Reports on dispensaries and lunatic asylums in the Province of Oudh - 1869-1876
Year: 1869
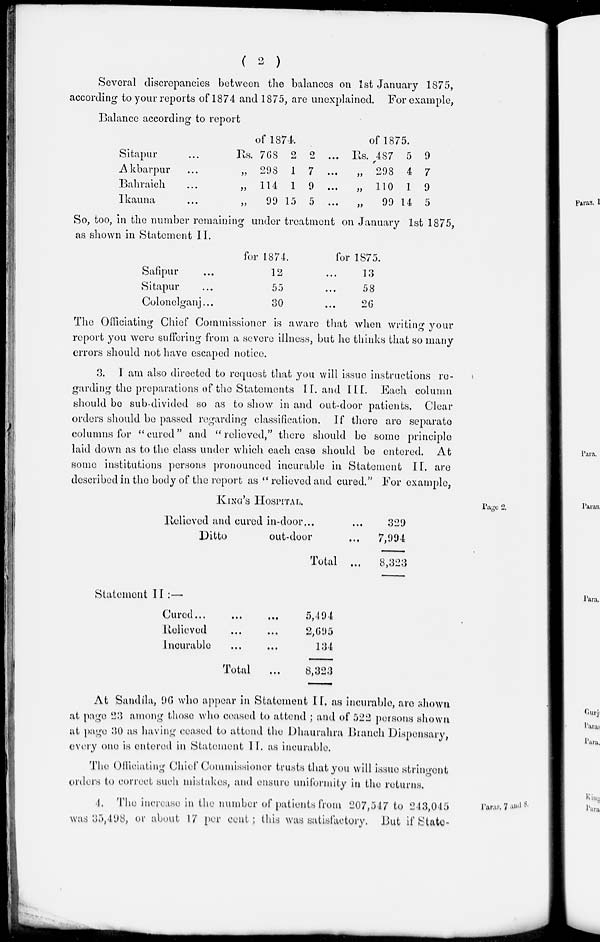
( 2 )
Several discrepancies between the balances on 1st January 1875,
according to your reports of 1874 and 1875, are unexplained. For example,
Balance according to report
of 1874.
Sitapur ...
Akbarpur ...
Bahraich ...
Ikauna ...
Rs.
„
„
„
768
298
114
99
2
1
1
15
2
7
9
5
...
...
...
...
of 1875.
Rs.
„
„
„
487
298
110
99
5
4
1
14
9
7
9
5
So, too, in the number remaining under treatment on January 1st 1875,
as shown in Statement II.
Safipur ...
Sitapur ...
Colonelganj ...
for 1874.
12
55
30
for 1875.
...
...
...
13
58
26
The Officiating Chief Commissioner is aware that when writing your
report you were suffering from a severe illness, but he thinks that so many
errors should not have escaped notice.
3. I am also directed to request that you will issue instructions re-
garding the preparations of the Statements II. and III. Each column
should be sub-divided so as to show in and out-door patients. Clear
orders should be passed regarding classification. If there are separate
columns for "cured" and "relieved," there should be some principle
laid down as to the class under which each case should be entered. At
some institutions persons pronounced incurable in Statement II. are
described in the body of the report as "relieved and cured." For example,
Page 2.
KING'S HOSPITAL.
Relieved and cured in-door... ...
Ditto
out-door ...
Total ...
329
7,994
8,323
Statement II :—
Cured ... … …
Relieved ... ...
Incurable … …
Total
...
5,494
2,695
134
8,323
At Sandila, 96 who appear in Statement II. as incurable, are shown
at page 23 among those who ceased to attend ; and of 522 persons shown
at page 30 as having ceased to attend the Dhaurahra Branch Dispensary,
every one is entered in Statement II. as incurable.
The Officiating Chief Commissioner trusts that you will issue stringent
orders to correct such mistakes, and ensure uniformity in the returns.
Paras. 7 and 8.
4. The increase in the number of patients from 207,547 to 243,045
was 35,498, or about 17 per cent; this was satisfactory. But if State-